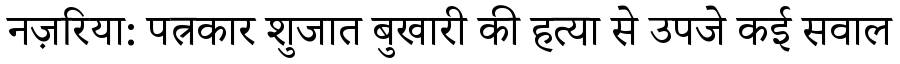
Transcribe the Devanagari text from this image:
नज़रिया: पत्रकार शुजात बुखारी की हत्या से उपजे कई सवाल